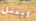
ويقتل